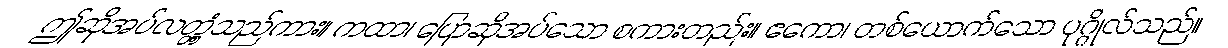
ဤဆိုအပ်လတ္တံ့သည်ကား။ ကထာ၊ ပြောဆိုအပ်သော စကားတည်း။ ဧကော၊ တစ်ယောက်သော ပုဂ္ဂိုလ်သည်။